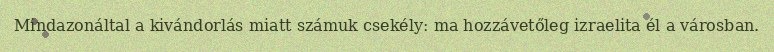
Mindazonáltal a kivándorlás miatt számuk csekély: ma hozzávetőleg izraelita él a városban.